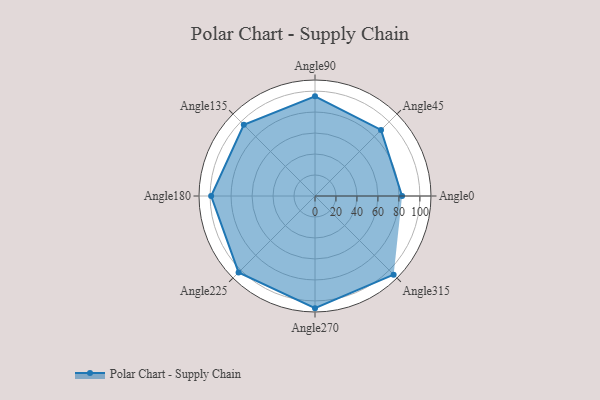
{"axis": {"x": "Angle", "y": "Radius"}, "legend": [""], "data": [{"x": "Angle0", "y": 83.0, "type": ""}, {"x": "Angle45", "y": 89.0, "type": ""}, {"x": "Angle90", "y": 95.0, "type": ""}, {"x": "Angle135", "y": 96.0, "type": ""}, {"x": "Angle180", "y": 99.0, "type": ""}, {"x": "Angle225", "y": 103.0, "type": ""}, {"x": "Angle270", "y": 107.0, "type": ""}, {"x": "Angle315", "y": 106.0, "type": ""}]}